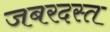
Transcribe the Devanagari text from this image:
जबरदस्त